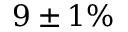
9 \pm 1 \%